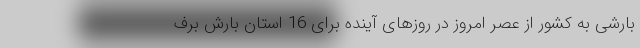
بارشی به کشور از عصر امروز در روزهای آینده برای 16 استان بارش برف